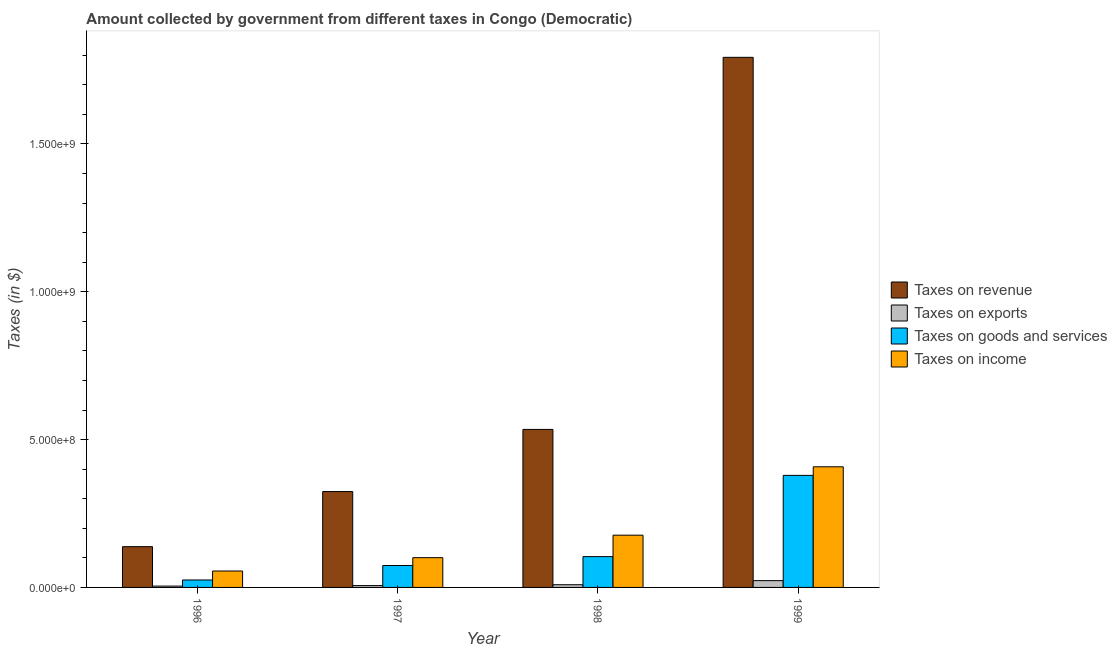
| Year | Taxes on revenue | Taxes on exports | Taxes on goods and services | Taxes on income |
 | --- | --- | --- | --- | --- |
 | 1996 | 1.38e+08 | 4.53e+06 | 2.52e+07 | 5.55e+07 |
 | 1997 | 3.24e+08 | 6.24e+06 | 7.41e+07 | 1.01e+08 |
 | 1998 | 5.34e+08 | 9.11e+06 | 1.04e+08 | 1.77e+08 |
 | 1999 | 1.79e+09 | 2.3e+07 | 3.79e+08 | 4.08e+08 |